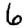
Digit: 6